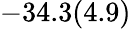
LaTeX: -34.3(4.9)